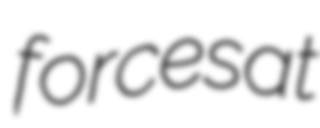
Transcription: forces at